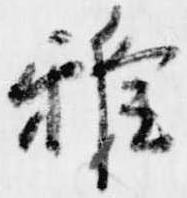
雅